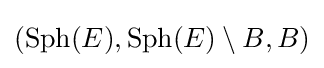
(\operatorname {Sph} (E),\operatorname {Sph} (E)\setminus B,B)